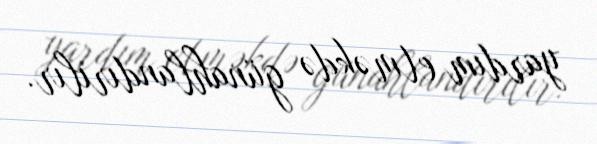
yardım etməkdə günahlandırılır.